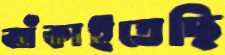
ঝাঁকাইতেছি